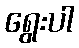
ရွေးပါ